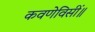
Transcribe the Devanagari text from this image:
कवणेविसीं॥